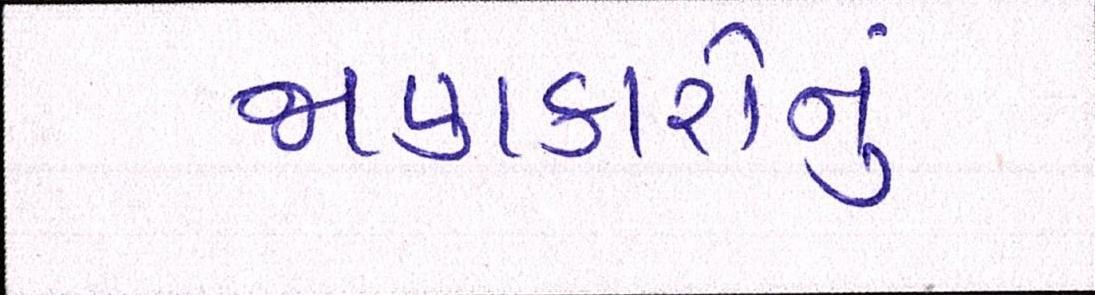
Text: જાણકારોનું